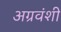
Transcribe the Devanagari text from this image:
अग्रवंशी